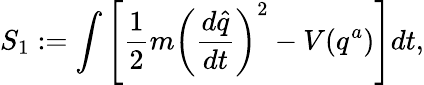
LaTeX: S_{1}:=\int\left[\frac{1}{2}m\left(\frac{d\widehat{q}}{dt}\right)^{2}-V(q^{a})\right]dt,